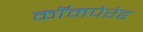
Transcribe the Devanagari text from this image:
कॉमपेरेट्व